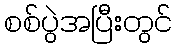
စစ်ပွဲအပြီးတွင်